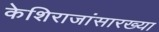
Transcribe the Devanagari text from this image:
केशिराजांसारख्या